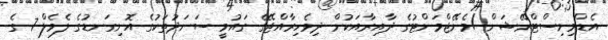
އެޑްމިނިސްޓްރޭޝަން /މެނޭޖްމަންޓުގެ ދާއިރާއަކުން ދިވެހިރާއްޖޭގެ ގައުމީ ސަނަދުތަކުގެ އޮނިގަނޑުގެ ލެވެލް 7 ގެ